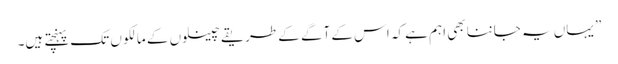
” یہاں یہ جاننا بھی اہم ہے کہ اس کے آگے کے طریقے چینلوں کے مالکو ں تک پہنچتے ہیں۔